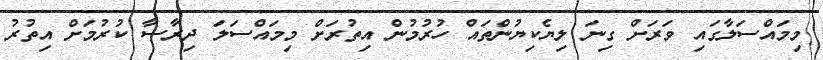
މިމައްސަލާގައި ވަރަށް ގިނަ ލިޔެކިޔުންތައް ހުރުމުން އިތުރަށް މިމައްސަލަ ދިރާސާ ކުރުމަށް އިތުރު